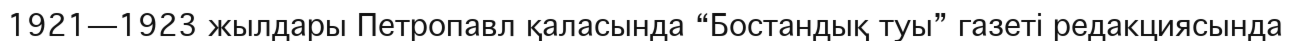
1921—1923 жылдары Петропавл қаласында “Бостандық туы” газеті редакциясында